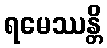
ရမေဿန္တိ